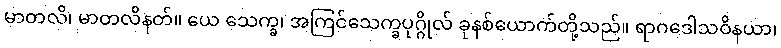
မာတလိ၊ မာတလိနတ်။ ယေ သေက္ခ၊ အကြင်သေက္ခပုဂ္ဂိုလ် ခုနစ်ယောက်တို့သည်။ ရာဂဒေါသဝိနယာ၊